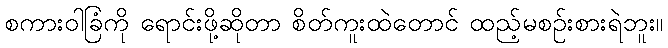
စကားဝါခြံကို ရောင်းဖို့ဆိုတာ စိတ်ကူးထဲတောင် ထည့်မစဉ်းစားရဲဘူး။